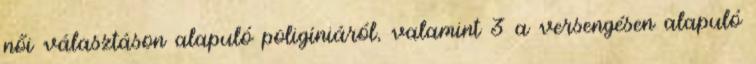
női választáson alapuló poligíniáról, valamint 3 a versengésen alapuló